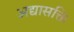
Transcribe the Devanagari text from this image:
अद्यासक्ति